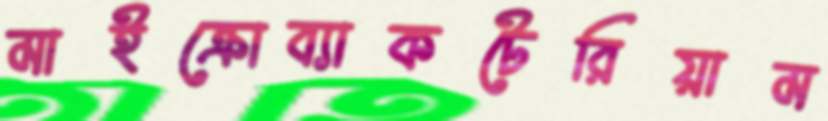
মাইক্রোব্যাকটেরিয়াম